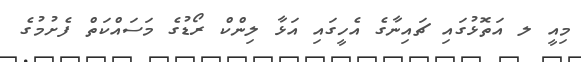
މިއީ ލ އަތޮޅުގައި ޗައިނާގެ އެހީގައި އަޅާ ލިންކް ރޯޑުގެ މަސައްކަތް ފެށުމުގެ